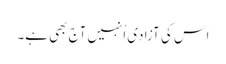
اس کی آزادی اُنہیں آج بھی ہے۔